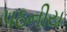
પઠનીય